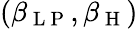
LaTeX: (\beta_{\mathrm{~L~P~}},\beta_{\mathrm{~H~}})